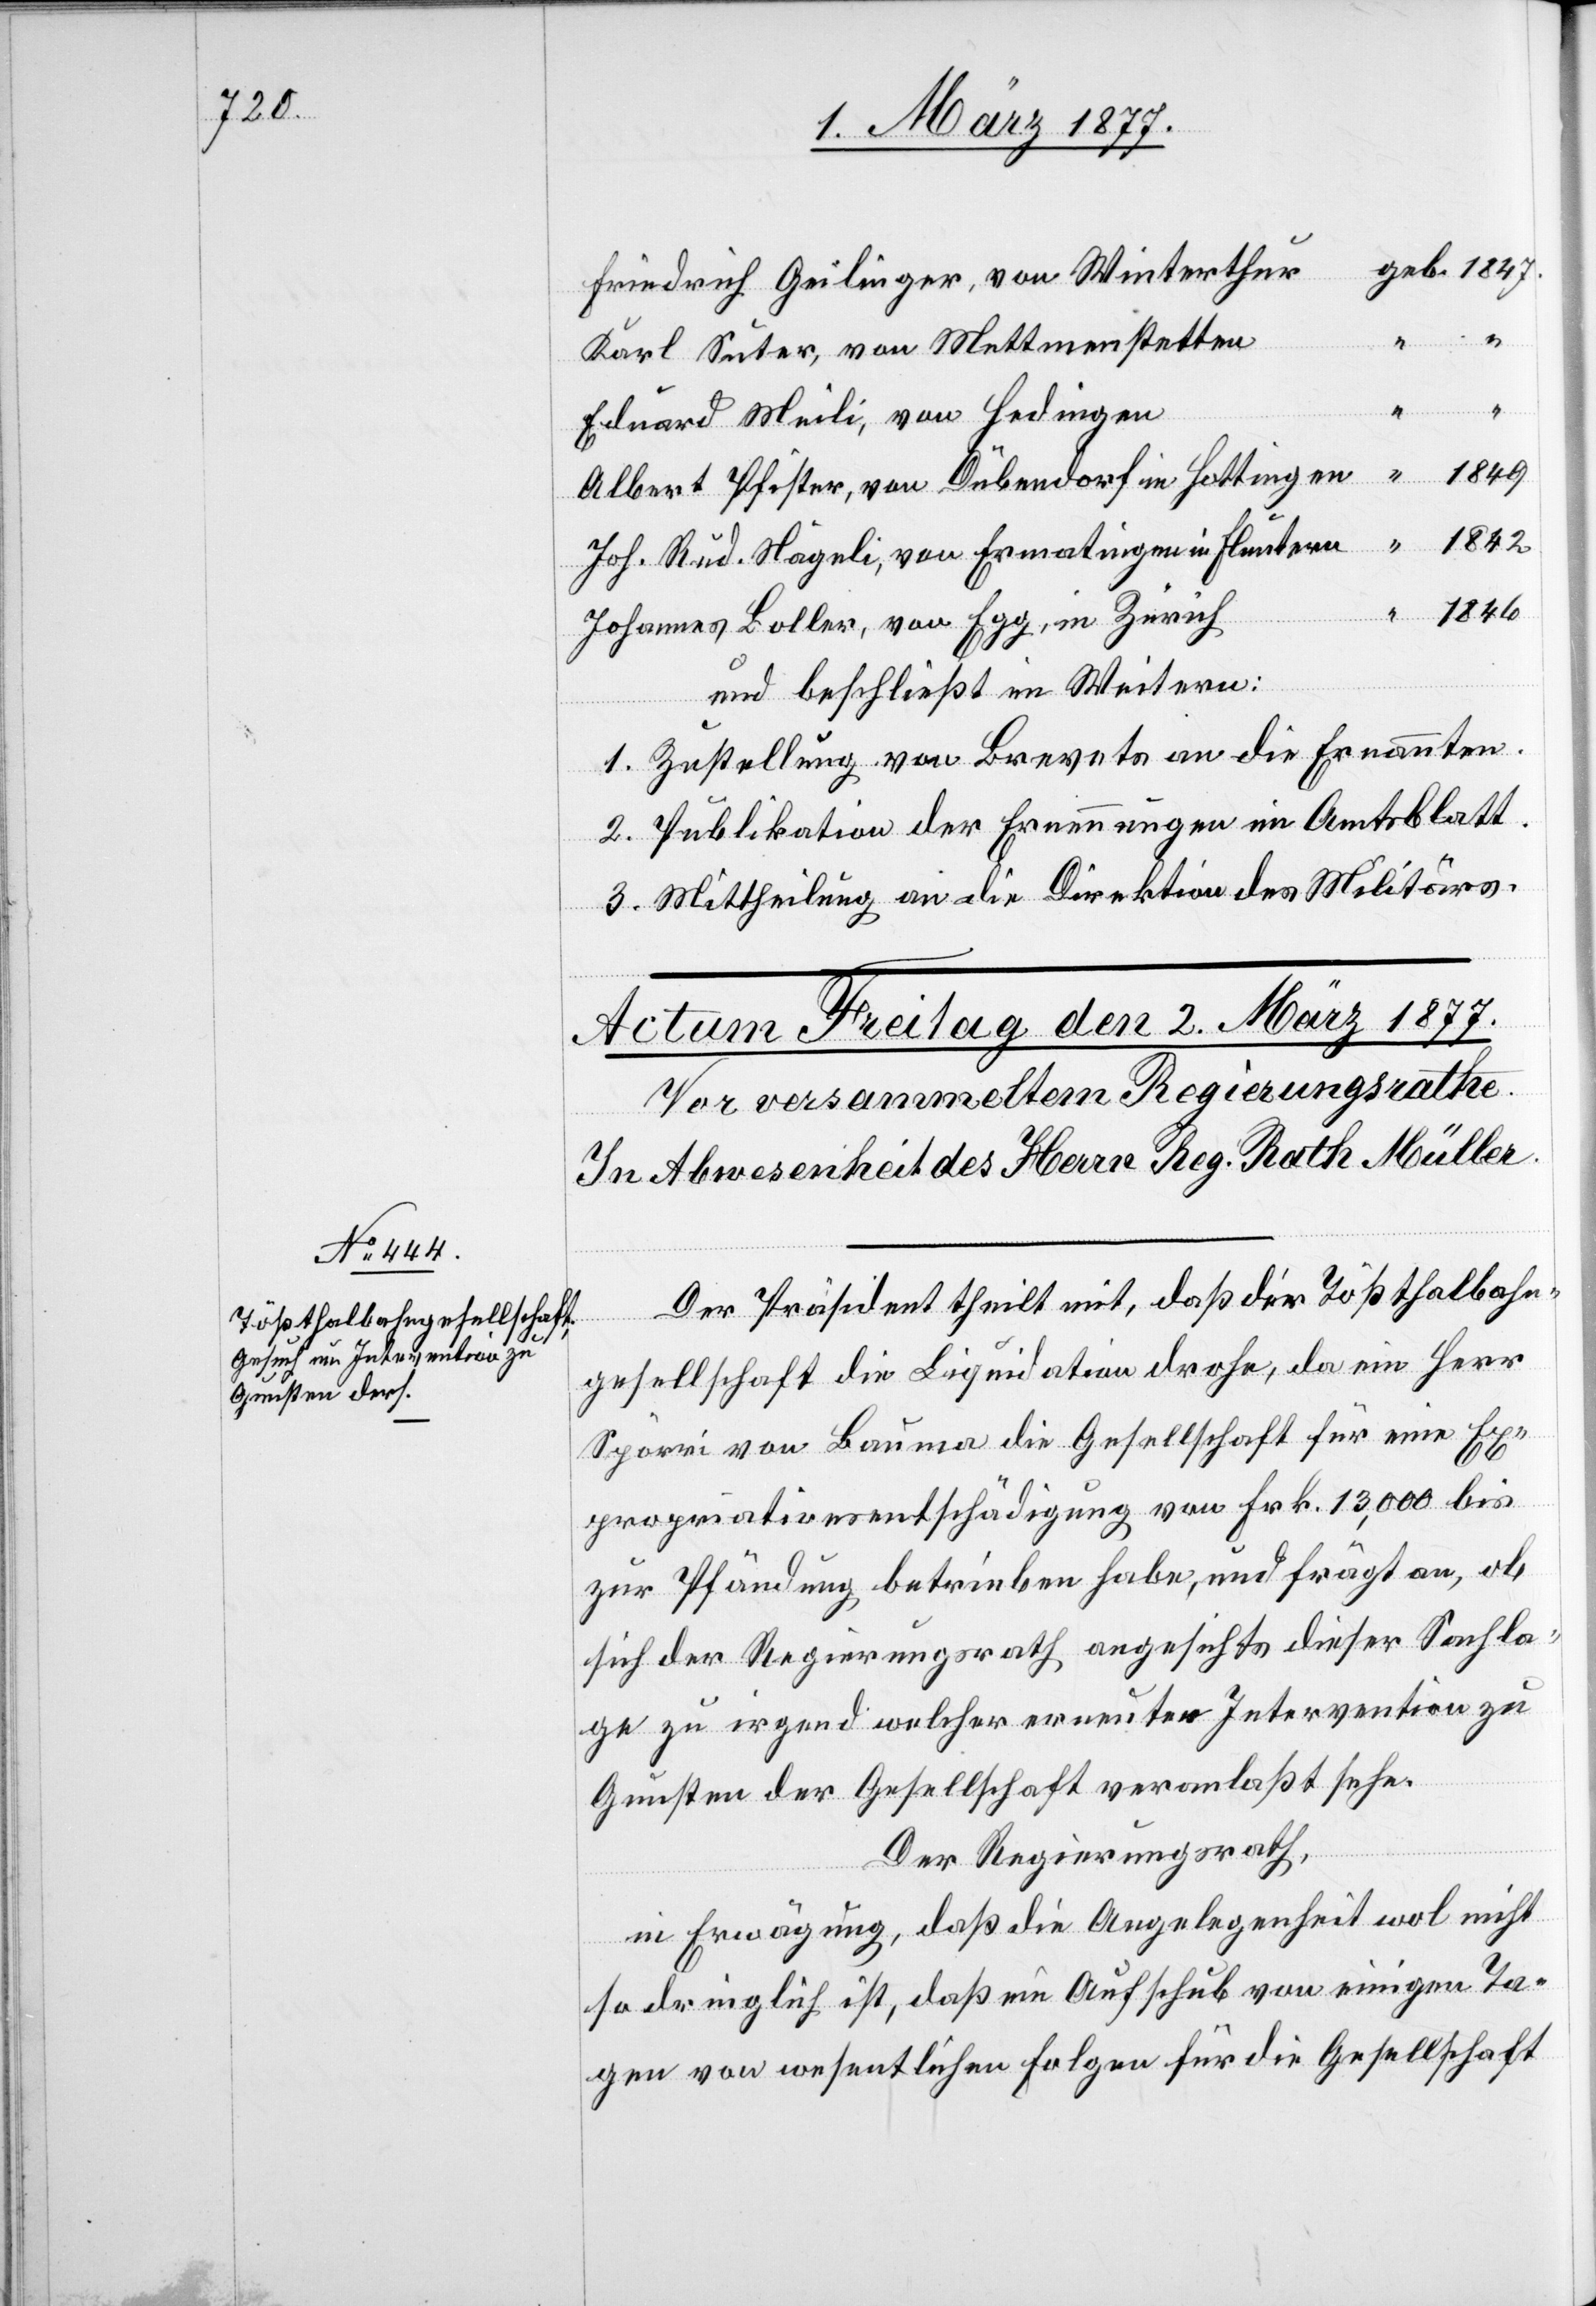
Friedrich Geilinger, von Winterthur
geb.
Karl Suter, von Mettmenstetten
Eduard Meili, von Hedingen
1849
Albert Pfister, von Dübendorf in Hottingen
1842
Joh. Rud. Nägeli, von Ermatingen in Fluntern
1846
Johannes Boller, von Egg, in Zürich
und beschließt des Weitern:
1. Zustellung von Brevets an die Ernannten.
2. Publikation der Ernennungen im Amtsblatt.
3. Mittheilung an die Direktion des Militärs.
Der Präsident theilt mit, daß der Tößthalbahn¬
gesellschaft die Liquidation drohe, da ein Herr
Spörri von Bauma die Gesellschaft für eine Ex¬
propriationsentschädigung von Frk. 13,000 bis
zur Pfändung betrieben habe, und frägt an, ob
sich der Regierungsrath angesichts dieser Sachla¬
ge zu irgend welcher erneuter Intervention zu
Gunsten der Gesellschaft veranlaßt sehe.
Der Regierungsrath,
in Erwägung, daß die Angelegenheit wol nicht
so dringlich ist, daß ein Aufschub von einigen Ta¬
gen von wesentlichen Folgen für die Gesellschaft